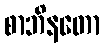
စာဘိနတော